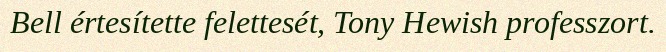
Bell értesítette felettesét, Tony Hewish professzort.